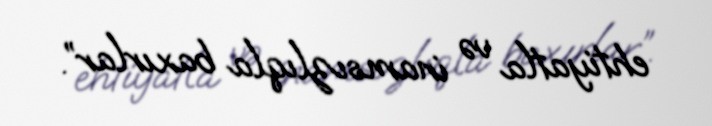
ehtiyatla və inamsızlıqla baxırlar”.